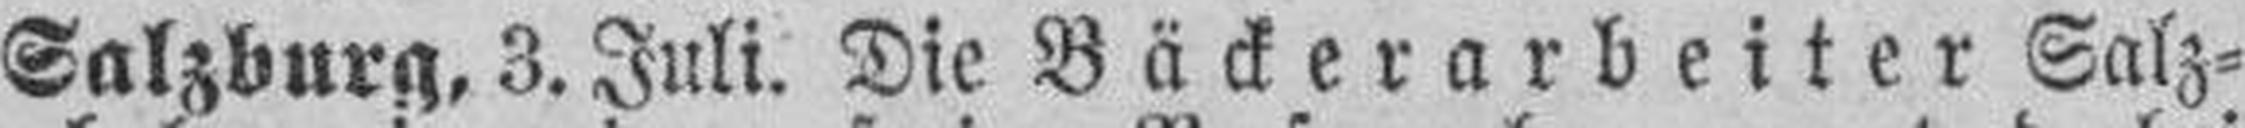
Salzburg, 3. Juli. Die Bäckerarbeiter Salz¬